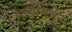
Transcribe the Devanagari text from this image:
माचीमधून